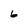
Character: 6